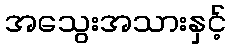
အသွေးအသားနှင့်